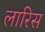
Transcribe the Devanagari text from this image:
लारिस